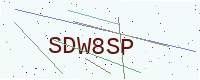
Text: SDW8SP